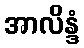
အာလိန္ဒံ